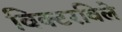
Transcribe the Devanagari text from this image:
विक्टरविले